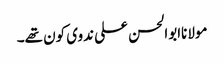
مولاناابوالحسن علی ندوی کون تھے۔